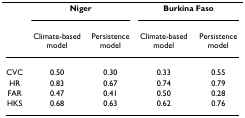
<table><thead><tr><td></td><td colspan="2"><b>Niger</b></td><td colspan="2"><b>Burkina Faso</b></td></tr><tr><td></td><td><b>Climate-based model</b></td><td><b>Persistencemodel</b></td><td><b>Climate-based model</b></td><td><b>Persistence model</b></td></tr></thead><tbody><tr><td>CVC</td><td>0.50</td><td>0.30</td><td>0.33</td><td>0.55</td></tr><tr><td>HR</td><td>0.83</td><td>0.67</td><td>0.74</td><td>0.79</td></tr><tr><td>FAR</td><td>0.47</td><td>0.41</td><td>0.50</td><td>0.28</td></tr><tr><td>HKS</td><td>0.68</td><td>0.63</td><td>0.62</td><td>0.76</td></tr></tbody></table>